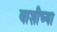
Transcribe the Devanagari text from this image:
वाशीच्या